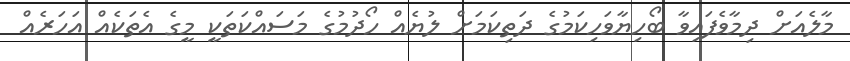
މާލެއަށް ދިމާވެފައިވާ ބޯހިޔާވަހިކަމުގެ ދަތިކަމަށް ލުޔެއް ހޯދުމުގެ މަސައްކަތަކީ މީގެ އެތަކެއް އަހަރެއް